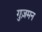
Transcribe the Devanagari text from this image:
गुज़मन